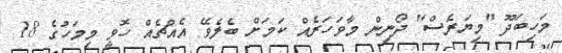
މަހިބަދޫ "މިޔަރެސް" ދޯނިން މާވަހަރެއް ކަމަށް ބެލެވޭ އެއްޗެއް ހޮވީ މިމަހުގެ 18